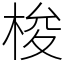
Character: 梭